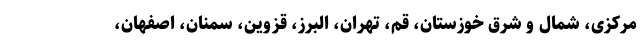
مرکزی، شمال و شرق خوزستان، قم، تهران، البرز، قزوین، سمنان، اصفهان،